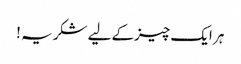
ہر ایک چیزکے لیے شکریہ !